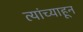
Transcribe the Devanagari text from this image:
त्यांच्याहून